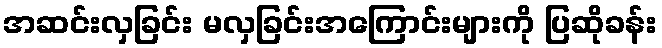
အဆင်းလှခြင်း မလှခြင်းအကြောင်းများကို ပြဆိုခန်း